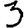
Digit: 3